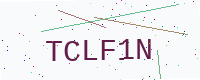
Text: TCLF1N